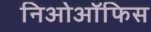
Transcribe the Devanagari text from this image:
निओऑफिस